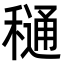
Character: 𮃫